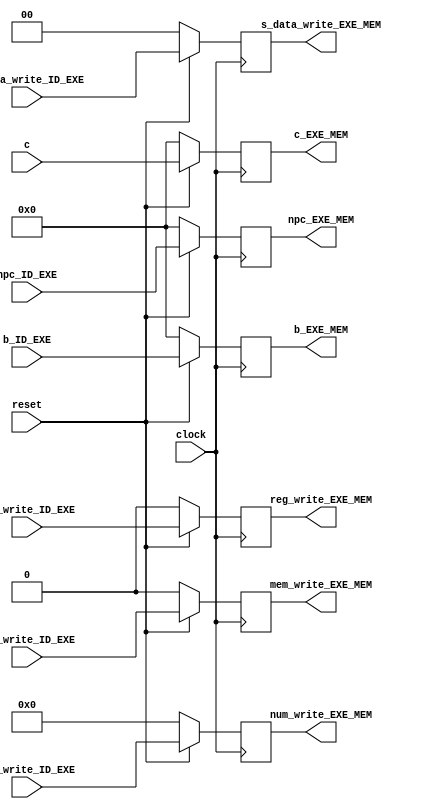
module exe_mem(clock,reset,npc_ID_EXE,c,b_ID_EXE,num_write_ID_EXE,mem_write_ID_EXE,s_data_write_ID_EXE,reg_write_ID_EXE,
npc_EXE_MEM,c_EXE_MEM,b_EXE_MEM,num_write_EXE_MEM,mem_write_EXE_MEM,s_data_write_EXE_MEM,reg_write_EXE_MEM);

	input clock;
	input reset;
	
	input [31:0]c;
	
	input [31:0]b_ID_EXE;
	input [31:0]npc_ID_EXE;
	
	input mem_write_ID_EXE;
	input [4:0]num_write_ID_EXE;
	input reg_write_ID_EXE;
	input [1:0]s_data_write_ID_EXE;
	

	output reg [31:0]b_EXE_MEM;
	output reg [31:0]c_EXE_MEM;
	output reg [31:0]npc_EXE_MEM;
	
	output reg mem_write_EXE_MEM;
	output reg [4:0]num_write_EXE_MEM;
	output reg reg_write_EXE_MEM;
	output reg [1:0]s_data_write_EXE_MEM;

	always@(posedge clock) 
		begin
			if(reset) 
				begin
					b_EXE_MEM<=b_ID_EXE;
					c_EXE_MEM<=c;
					npc_EXE_MEM<=npc_ID_EXE;
					mem_write_EXE_MEM<=mem_write_ID_EXE;
					num_write_EXE_MEM<=num_write_ID_EXE;
					reg_write_EXE_MEM<=reg_write_ID_EXE;
					s_data_write_EXE_MEM<=s_data_write_ID_EXE; 
				end
			else 
				begin
					b_EXE_MEM<=32'h0000_0000;
					c_EXE_MEM<=32'h0000_0000;
					npc_EXE_MEM<=32'h0000_0000;
					mem_write_EXE_MEM<=1'b0;
					num_write_EXE_MEM<=5'b00000;
					reg_write_EXE_MEM<=1'b0;
					s_data_write_EXE_MEM<=2'b00;
				end
		end

endmodule